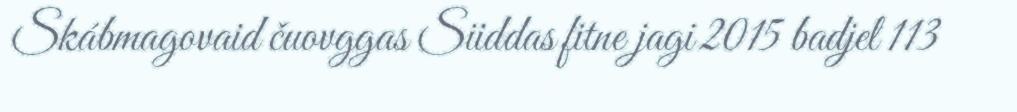
Skábmagovaid čuovggas Siiddas fitne jagi 2015 badjel 113